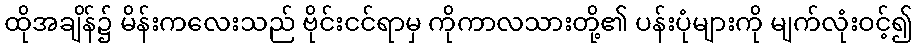
ထိုအချိန်၌ မိန်းကလေးသည် ဗိုင်းငင်ရာမှ ကိုကာလသားတို့၏ ပန်းပုံများကို မျက်လုံးဝင့်၍